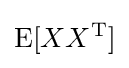
\operatorname {E} [XX^{\operatorname {T} }]